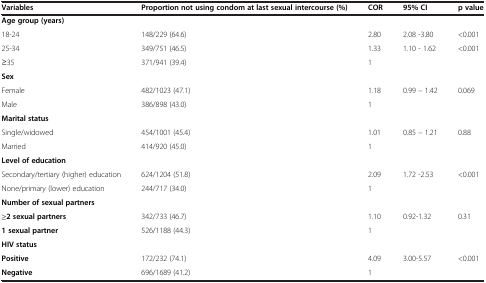
<table><thead><tr><td><b>Variables</b></td><td><b>Proportion not using condom at last sexual intercourse (%)</b></td><td><b>COR</b></td><td><b>95% CI</b></td><td><b>p value</b></td></tr></thead><tbody><tr><td><b>Age group (years)</b></td><td> </td><td> </td><td> </td><td> </td></tr><tr><td>18-24</td><td>148/229 (64.6)</td><td>2.80</td><td>2.08 -3.80</td><td>&lt;0.001</td></tr><tr><td>25-34</td><td>349/751 (46.5)</td><td>1.33</td><td rowspan="2">1.10 - 1.62</td><td rowspan="2">&lt;0.001</td></tr><tr><td>≥35</td><td>371/941 (39.4)</td><td>1</td></tr><tr><td><b>Sex</b></td><td> </td><td> </td><td> </td><td> </td></tr><tr><td>Female</td><td>482/1023 (47.1)</td><td>1.18</td><td>0.99 – 1.42</td><td>0.069</td></tr><tr><td>Male</td><td>386/898 (43.0)</td><td>1</td><td> </td><td> </td></tr><tr><td><b>Marital status</b></td><td> </td><td> </td><td> </td><td> </td></tr><tr><td>Single/widowed</td><td>454/1001 (45.4)</td><td>1.01</td><td>0.85 – 1.21</td><td>0.88</td></tr><tr><td>Married</td><td>414/920 (45.0)</td><td>1</td><td> </td><td> </td></tr><tr><td><b>Level of education</b></td><td> </td><td> </td><td> </td><td> </td></tr><tr><td>Secondary/tertiary (higher) education</td><td>624/1204 (51.8)</td><td>2.09</td><td>1.72 -2.53</td><td rowspan="2">&lt;0.001</td></tr><tr><td>None/primary (lower) education</td><td>244/717 (34.0)</td><td>1</td><td> </td></tr><tr><td><b>Number of sexual partners</b></td><td> </td><td> </td><td> </td><td> </td></tr><tr><td><b>≥2 sexual partners</b></td><td>342/733 (46.7)</td><td>1.10</td><td>0.92-1.32</td><td rowspan="3">0.31</td></tr><tr><td><b>1 sexual partner</b></td><td>526/1188 (44.3)</td><td>1</td><td> </td></tr><tr><td><b>HIV status</b></td><td> </td><td> </td><td> </td></tr><tr><td><b>Positive</b></td><td>172/232 (74.1)</td><td>4.09</td><td>3.00-5.57</td><td rowspan="2">&lt;0.001</td></tr><tr><td><b>Negative</b></td><td>696/1689 (41.2)</td><td>1</td><td> </td></tr></tbody></table>